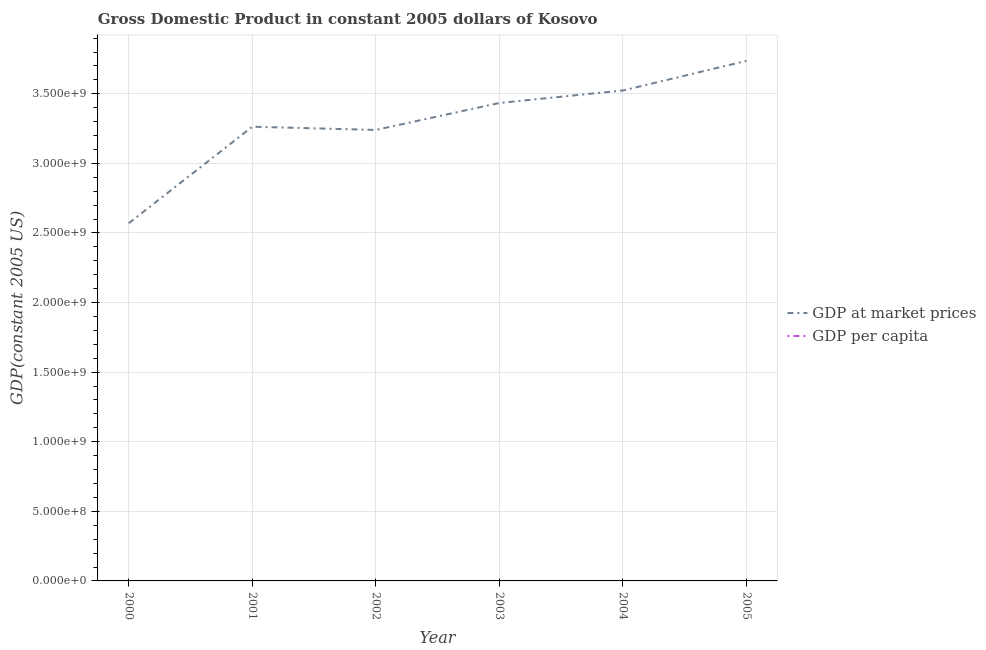
| Year | GDP at market prices | GDP per capita |
 | --- | --- | --- |
 | 2000 | 2.57e+09 | 1.51e+03 |
 | 2001 | 3.26e+09 | 1.92e+03 |
 | 2002 | 3.24e+09 | 1.9e+03 |
 | 2003 | 3.43e+09 | 2.02e+03 |
 | 2004 | 3.52e+09 | 2.07e+03 |
 | 2005 | 3.74e+09 | 2.19e+03 |